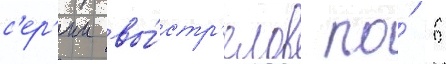
с'ер'ии вы́стр'елов по́ 6